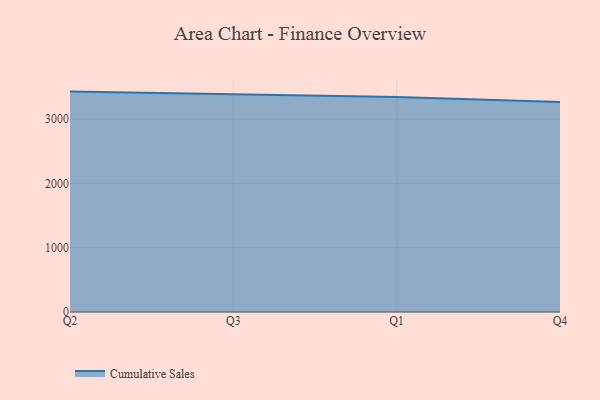
{"axis": {"x": "Quarter", "y": "Page Views"}, "legend": ["Cumulative Sales"], "data": [{"x": "Q2", "y": 3426.9, "type": "Cumulative Sales"}, {"x": "Q3", "y": 3380.3, "type": "Cumulative Sales"}, {"x": "Q1", "y": 3344.8, "type": "Cumulative Sales"}, {"x": "Q4", "y": 3263.6, "type": "Cumulative Sales"}]}